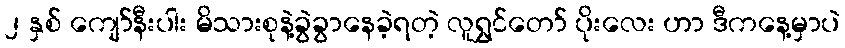
၂ နှစ် ကျော်နီးပါး မိသားစုနဲ့ခွဲခွာနေခဲ့ရတဲ့ လူရွှင်တော် ပိုးလေး ဟာ ဒီကနေ့မှာပဲ